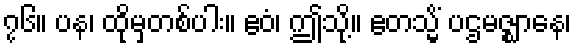
၇၆။ ပန၊ ထိုမှတစ်ပါး။ ဧဝံ၊ ဤသို့။ ဧတသ္မိံ ပဌမဇ္ဈာနေ၊